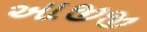
આજીજી